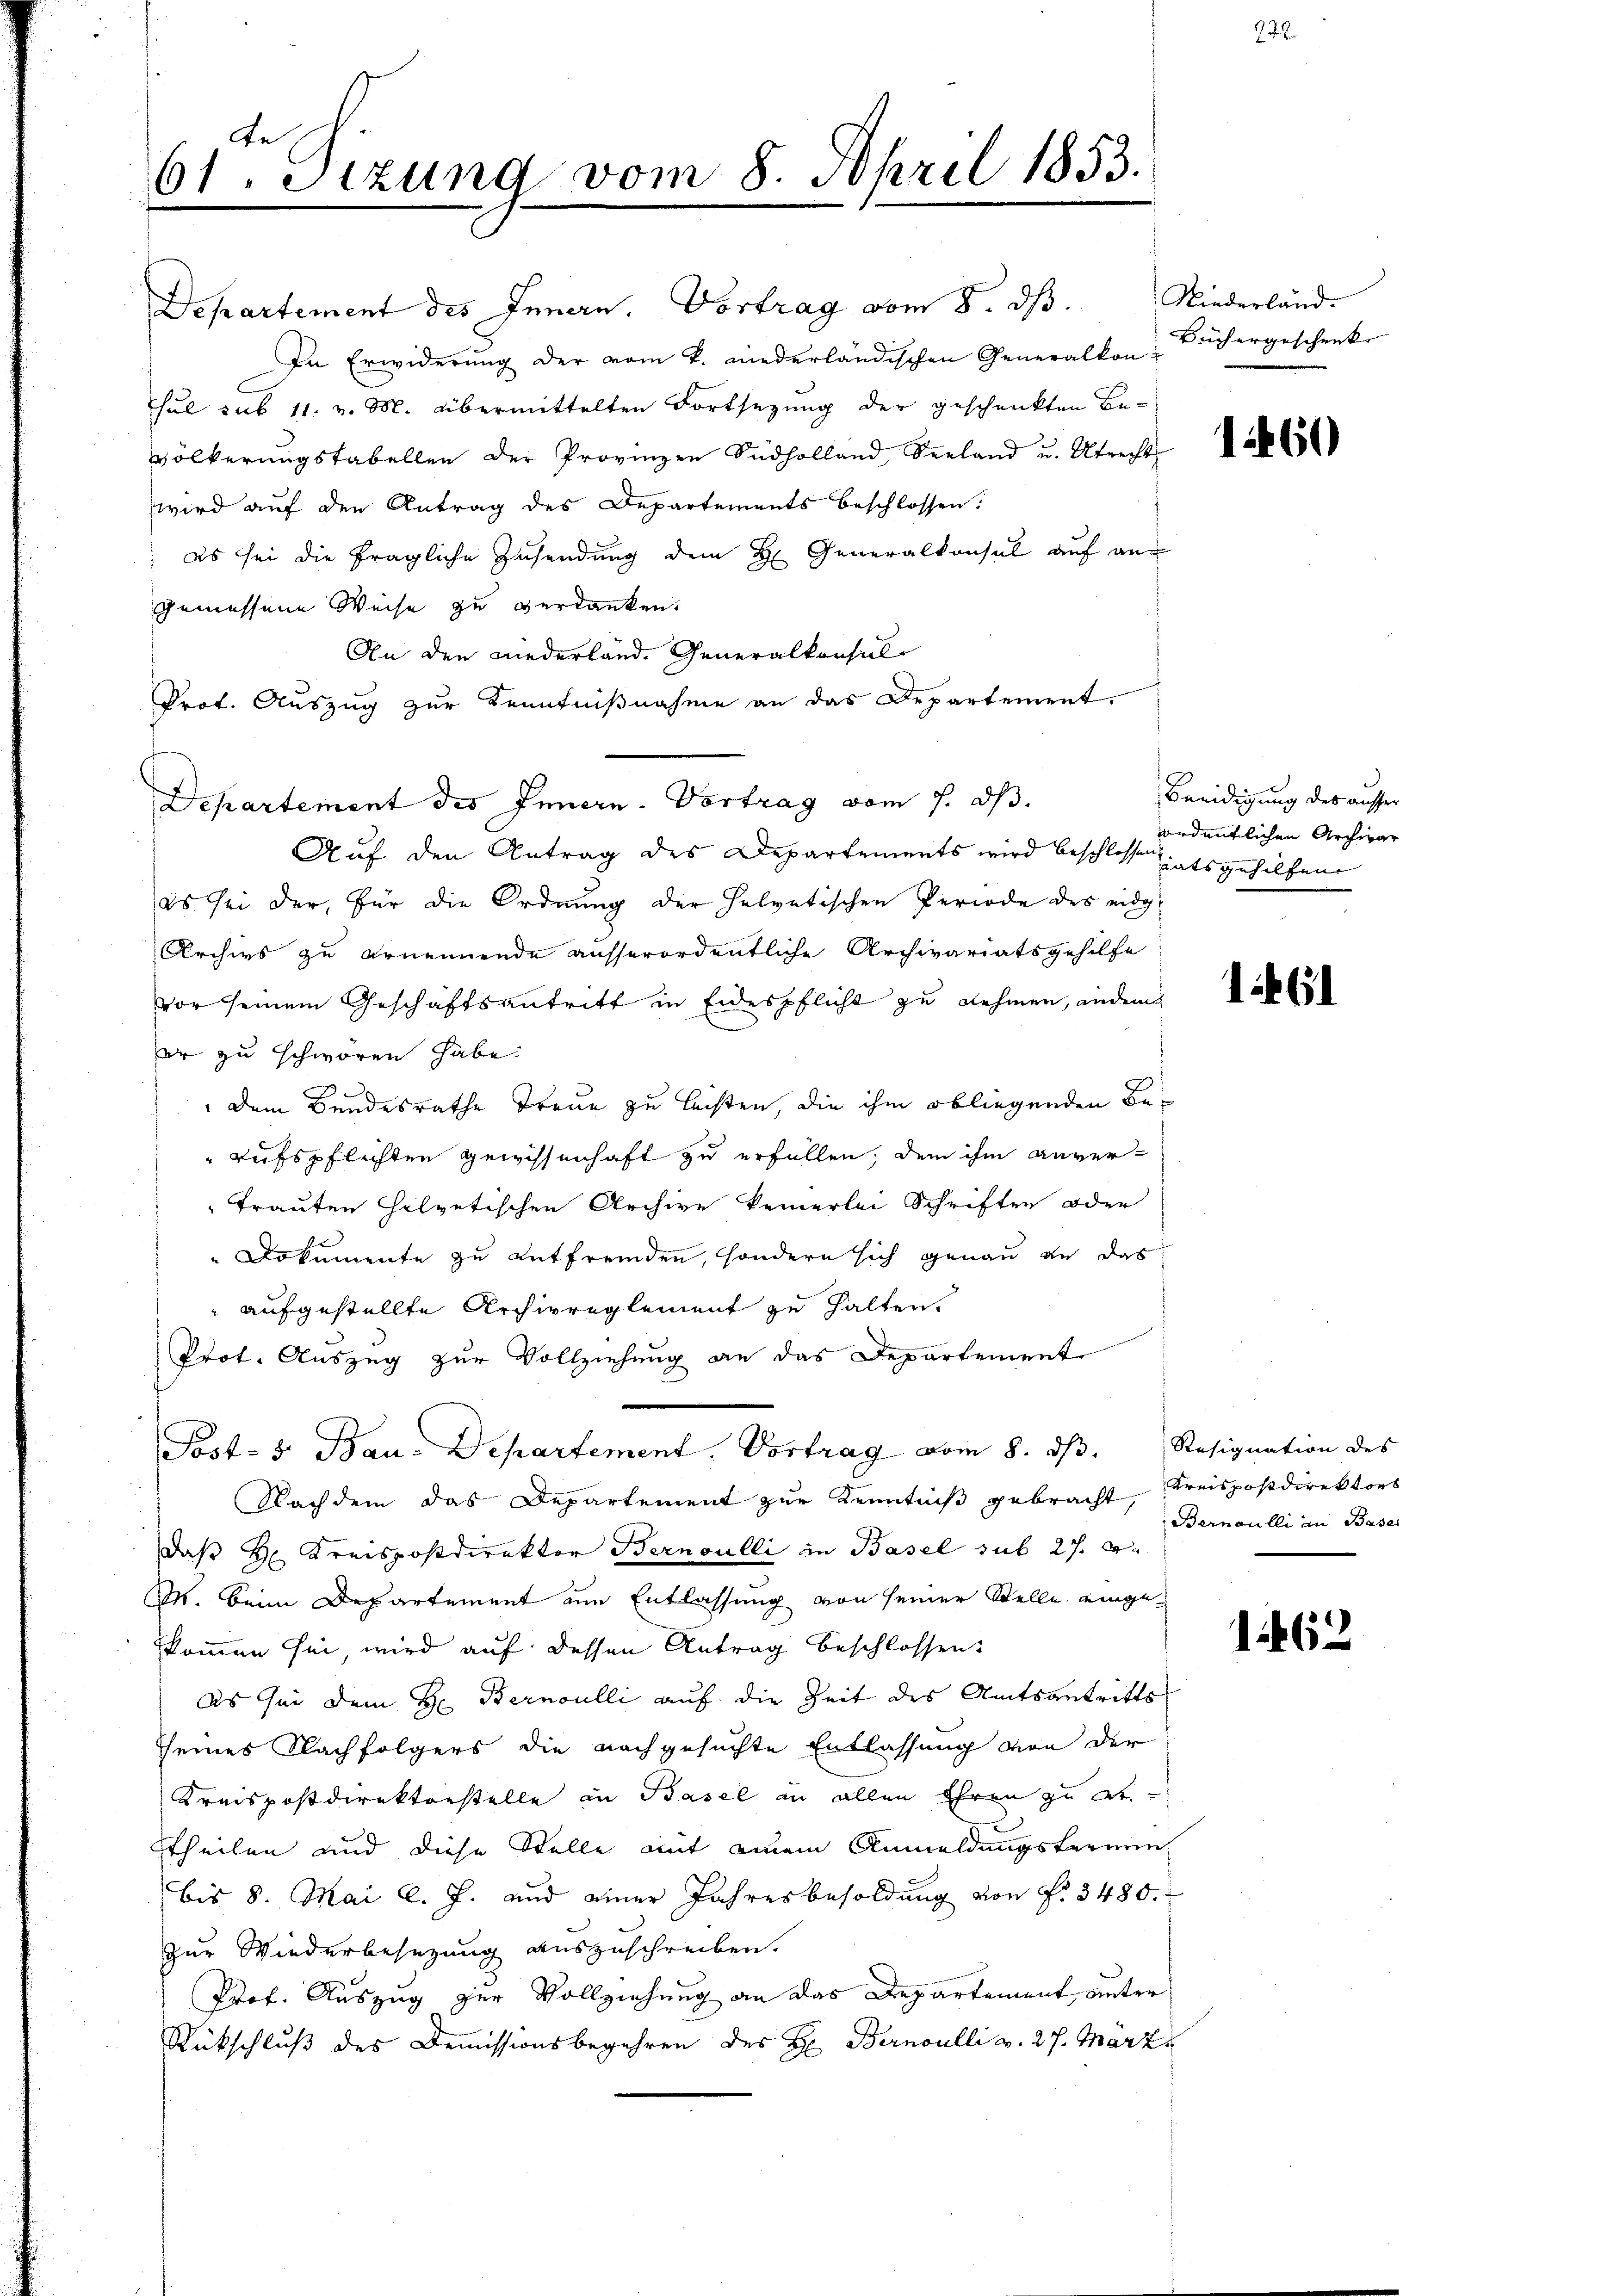
An
61. Sizung vom 8. April 1853.

Departement des Innern. Vortrag vom 8. dβ. Niederland-
In Erwiderung der vom k. wiederländischen Generalkon Büchergeschenk
hul sub 11. v. M. übermittelten Fortsetzung der geschenkten Bevölkerungstabellen der Provinzen Südholland Seeland u. Utrecht ab
wird auf den Antrag des Departements beschlossen:
es sei die fragliche Zusendung dem H. Generalkonsul auf an
gemessene Weise zu verdanken.
An den niederland. Generalkonsul-
Prof. Auszug zur Kenntnißnahme an das Departement.
Departement des Innern. Vortrag vom 7. dh.
Auf den Antrag des Departements wird beschlossen ents gehilfen
es sei der, für die Ordnung der Helvetischen Periode des eidg
Archivs zu ernennende ausserordentliche Archivariatsgehilfe
vor seinem Geschäftsantritt in Eidespflicht zu nehmen, ander
er zu schwören habe.
.
 dem Bundesrathe Treue zu leisten, die ihm obliegenden Berufspflichten Gewissenhaft zu erfüllen, dem ihm anver-
Trauten helvetischen Archive keinerlei Schriften oder
Dokumente zu entfremden, sondern sich genau an das
aufgestellte Archivreglement zu halten.
Prot. Auszug zur Vollziehung an das Departement
Post- 5. Bau-Departement. Vortrag vom 8. ds. Resignation des
Nachdem das Departement zur Kenntniß gebracht, Kreispostdirektors
daß H. Kreispostdirektor Bernoulli in Basel sub 27. v.
M. beim Departement am Entlassung von seiner Stelle eingekommen sei, wird auf dessen Antrag beschlossen:
Es sei dem H: Bernoulli auf die Zeit des Amtsantritts
seines Nachfolgers die nachgesuchte Entlassung von der
Kreispostdirektorstelle in Basel in allen Ihren zu at
theilen und diese Stelle mit einem Anmeldungsterminbis 8. Mai l. J. und einer Jahresbesoldung von §. 3480.
zur Wiederbesezung auszuschreiben.
Prof. Auszug zur Vollziehung an das Departement unter¬
Rückschluß des Demissionsbegehren des H. Bernoulli v. 27. März

s

Beeidigung des ausser
ordentlichen Archivar

1461

Bernoulli an Base

1162